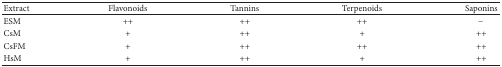
<table><thead><tr><td><b>Extract</b></td><td><b>Flavonoids</b></td><td><b>Tannins</b></td><td><b>Terpenoids</b></td><td><b>Saponins</b></td></tr></thead><tbody><tr><td> ESM</td><td>++</td><td>++</td><td>++</td><td>−</td></tr><tr><td> CsM</td><td>+</td><td>++</td><td>+</td><td>++</td></tr><tr><td> CsFM</td><td>+</td><td>++</td><td>++</td><td>++</td></tr><tr><td> HsM</td><td>+</td><td>++</td><td>+</td><td>++</td></tr></tbody></table>